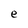
Character: e